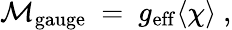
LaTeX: \mathcal{M}_{\mathrm{{gauge}}}~=~g_{\mathrm{{eff}}}\langle\chi\rangle~,